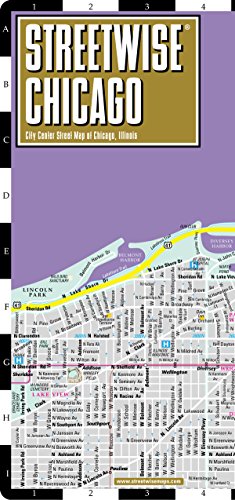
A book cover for Streetwise Chicago Map - Laminated City Center Street Map of Chicago, Illinois - Folding pocket size travel map with CTA, Metra map  (Streetwise Maps); Streetwise Maps; Travel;